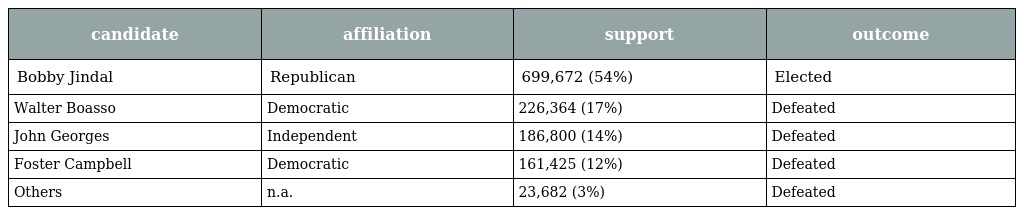
| candidate | affiliation | support | outcome |
 | --- | --- | --- | --- |
 | Bobby Jindal | Republican | 699,672 (54%) | Elected |
 | Walter Boasso | Democratic | 226,364 (17%) | Defeated |
 | John Georges | Independent | 186,800 (14%) | Defeated |
 | Foster Campbell | Democratic | 161,425 (12%) | Defeated |
 | Others | n.a. | 23,682 (3%) | Defeated |